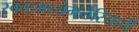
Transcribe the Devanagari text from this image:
स्वतःमध्येमलेरियाची